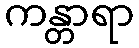
ကန္တာရာ